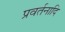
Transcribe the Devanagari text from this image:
प्रवर्तनादि